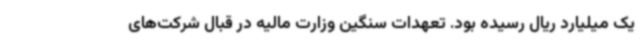
یک میلیارد ریال رسیده بود. تعهدات سنگین وزارت مالیه در قبال شرکت‌های